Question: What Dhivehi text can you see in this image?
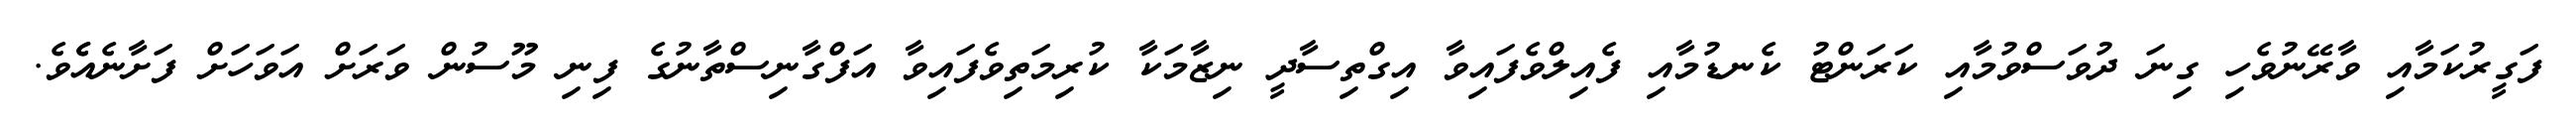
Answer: ފަގީރުކަމާއި ވާރޭނުވެހި ގިނަ ދުވަސްވުމާއި ކަރަންޓު ކެނޑުމާއި ފެއިލްވެފައިވާ އިގްތިސާދީ ނިޒާމަކާ ކުރިމަތިވެފައިވާ އަފްގާނިސްތާނުގެ ފިނި މޫސުން ވަރަށް އަވަހަށް ފަށާނެއެެވެ.